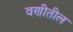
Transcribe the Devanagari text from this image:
वणीतील